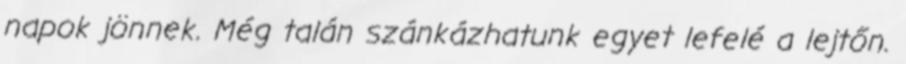
napok jönnek. Még talán szánkázhatunk egyet lefelé a lejtőn.